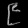
Digit: ၉